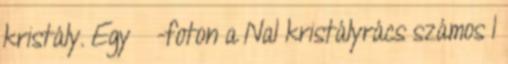
kristály. Egy  -foton a NaI kristályrács számos I